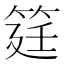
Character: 筳